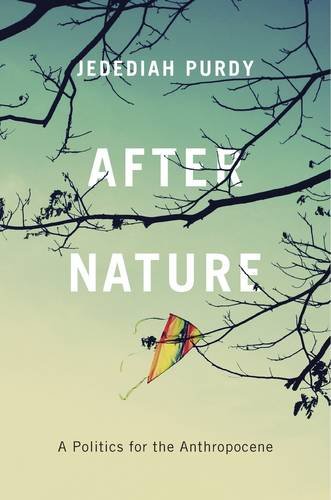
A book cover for After Nature: A Politics for the Anthropocene; Jedediah Purdy; Science & Math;